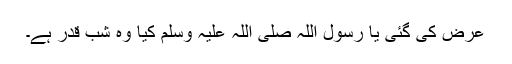
عرض کی گئی یا رسول اللہ صلی اللہ علیہ وسلم کیا وہ شبِ قدر ہے۔